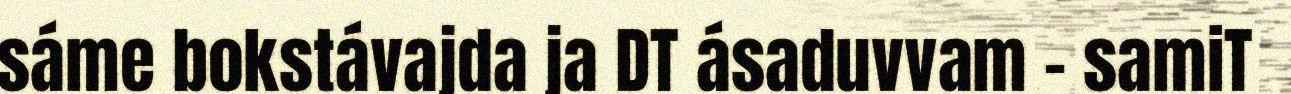
sáme bokstávajda ja DT ásaduvvam – samiT